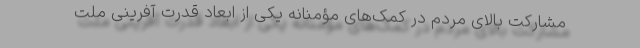
مشارکت بالای مردم در کمک‌های مؤمنانه یکی از ابعاد قدرت آفرینی ملت